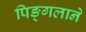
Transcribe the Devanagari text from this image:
पिङ्गलाने